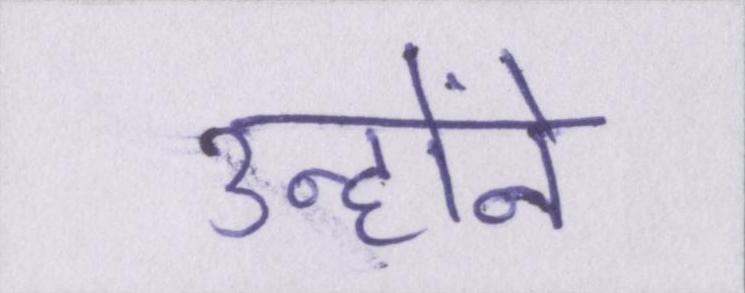
उन्होंने